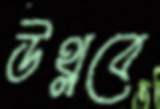
উথ্‌লবে